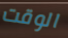
الوقت